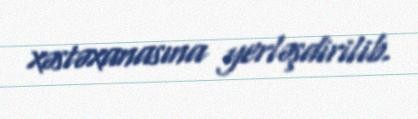
xəstəxanasına yerləşdirilib.